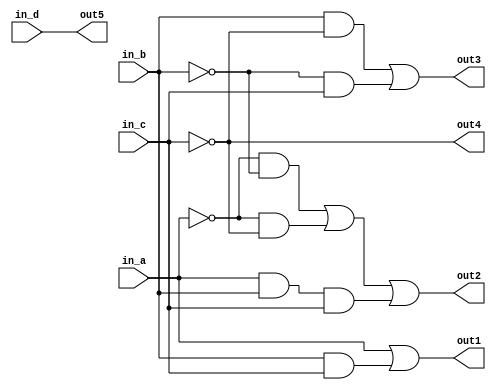
module Rlab3(in_a,in_b,in_c,in_d,out1,out2,out3,out4,out5);
	input in_a,in_b,in_c,in_d;
	output out1,out2,out3,out4,out5;
	
	wire in_a, in_b, in_c, in_d, out1, out2, out3, out4, out5;
	wire and1out,and2out,and3out,and4out,and5out,and6out,and7out,not1out,not2out,not3out,or1out,or2out,or3out,or4out;
	
	and a1(and1out, in_b, in_c);
	and a2(and2out, not1out, not2out);
	and a3(and3out, not1out, not3out);
	and a4(and4out, in_a, in_b);
	and a5(and5out, and4out,in_c);
	and a6(and6out, in_b,not3out); 
	and a7(and7out, not2out, in_c);

	
	not n1(not1out, in_a);
	not n2(not2out, in_b);
	not n3(not3out, in_c);
	
	or o1(out1, in_a, and1out);  
	or o2(or2out, and2out, and3out);
	or o3(out2, or2out, and5out);
	or o4(out3, and6out, and7out);
	
	assign out4 = not3out;
	assign out5 = in_d;
	
endmodule